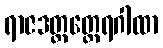
ရာဇဒတ္တတ္ထေရဂါထာ